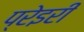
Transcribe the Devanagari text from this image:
प्रेइरी